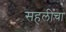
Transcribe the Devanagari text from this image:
सहलीचा